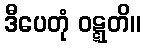
ဒီပေတုံ ဝဋ္ဋတိ။